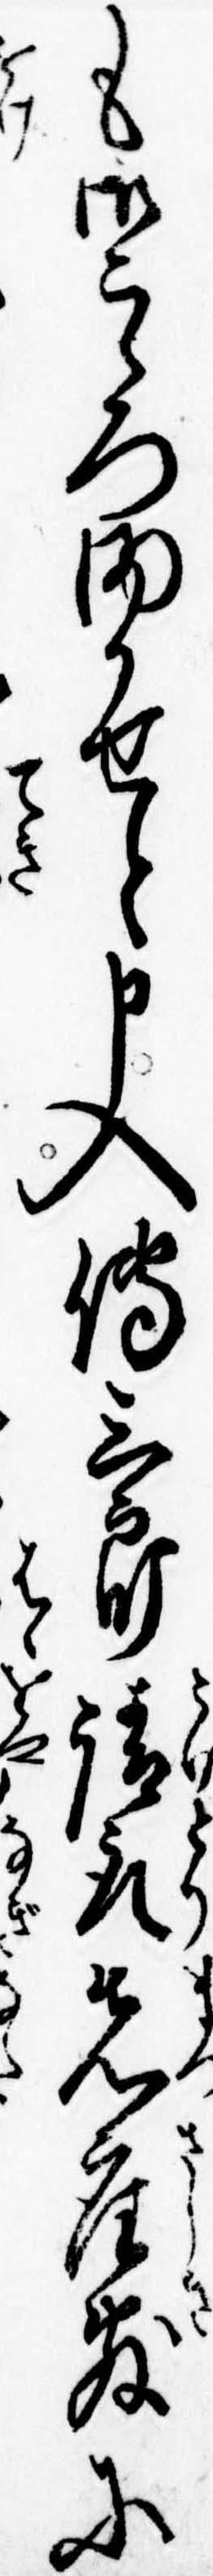
も御こゝろまかせと申入伝三郎請取先座敷に